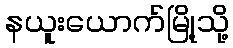
နယူးယောက်မြို့သို့